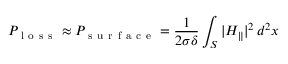
P _ { \mathrm { ~ l ~ o ~ s ~ s ~ } } \approx P _ { \mathrm { ~ s ~ u ~ r ~ f ~ a ~ c ~ e ~ } } = \frac { 1 } { 2 \sigma \delta } \int _ { S } | H _ { \parallel } | ^ { 2 } \, d ^ { 2 } x